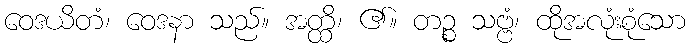
ဝေဒယိတံ၊ ဝေဒနာ သည်။ အတ္ထိ၊ ၏။ တဉ္စ သဗ္ဗံ၊ ထိုအလုံးစုံသော